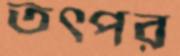
তৎপর